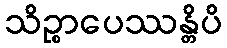
သိဉ္စာပေဿန္တိပိ